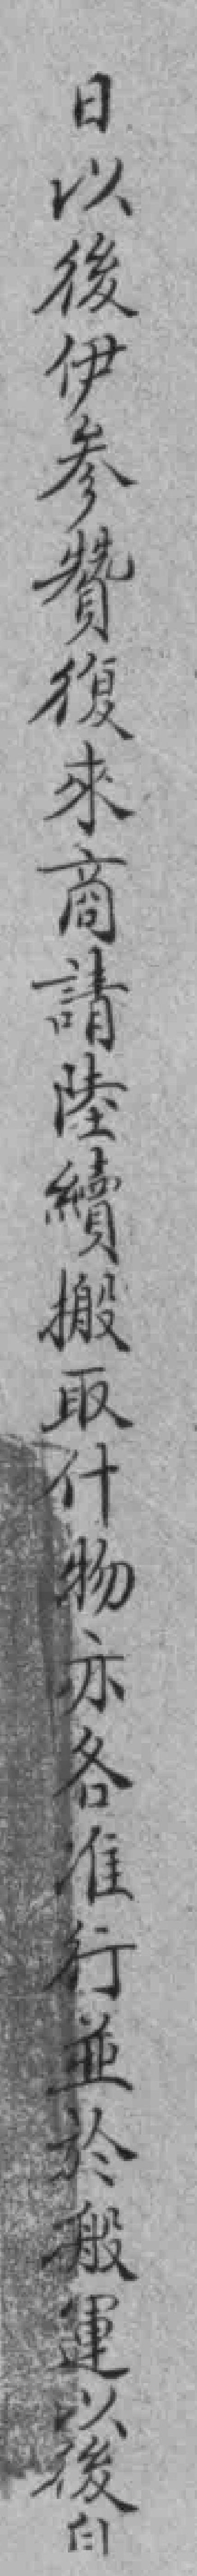
日以後伊参贊復來商請陸續搬取什物亦各准行並於搬運以後自